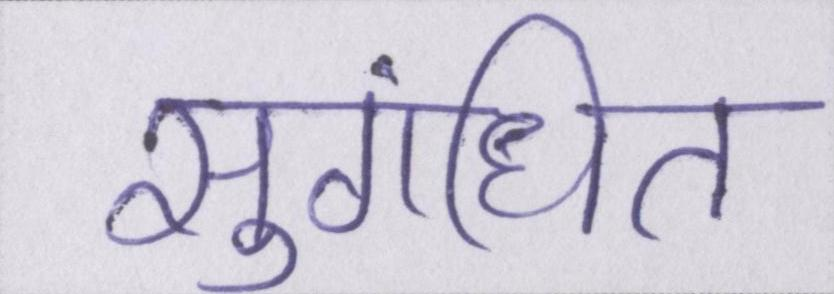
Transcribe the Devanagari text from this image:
सुगंधित